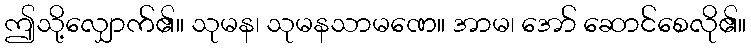
ဤသို့လျှောက်၏။ သုမန၊ သုမနသာမဏေ။ အာမ၊ အော် ဆောင်စေလို၏။